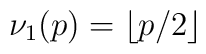
\nu_1(p) = \lfloor p/2 \rfloor